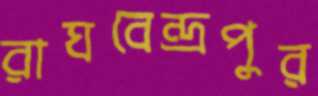
রাঘবেন্দ্রপুর